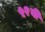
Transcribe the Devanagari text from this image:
५२बी